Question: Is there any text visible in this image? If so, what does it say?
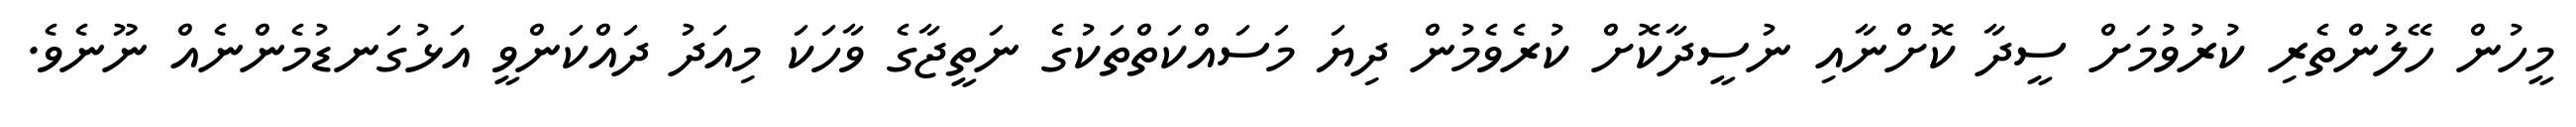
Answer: މީހުން ހޭލުންތެރި ކުރުވުމަށް ސީދާ ކޮށްނާއި ނުސީދާކޮށް ކުރެވެމުން ދިޔަ މަސައްކަތްތަކުގެ ނަތީޖާގެ ވާހަކަ މިއަދު ދައްކަންވީ އަޅުގަނޑުމެންނެއް ނޫނެވެ.